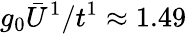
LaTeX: g_{0}\bar{U}^{1}/t^{1}\approx 1.49